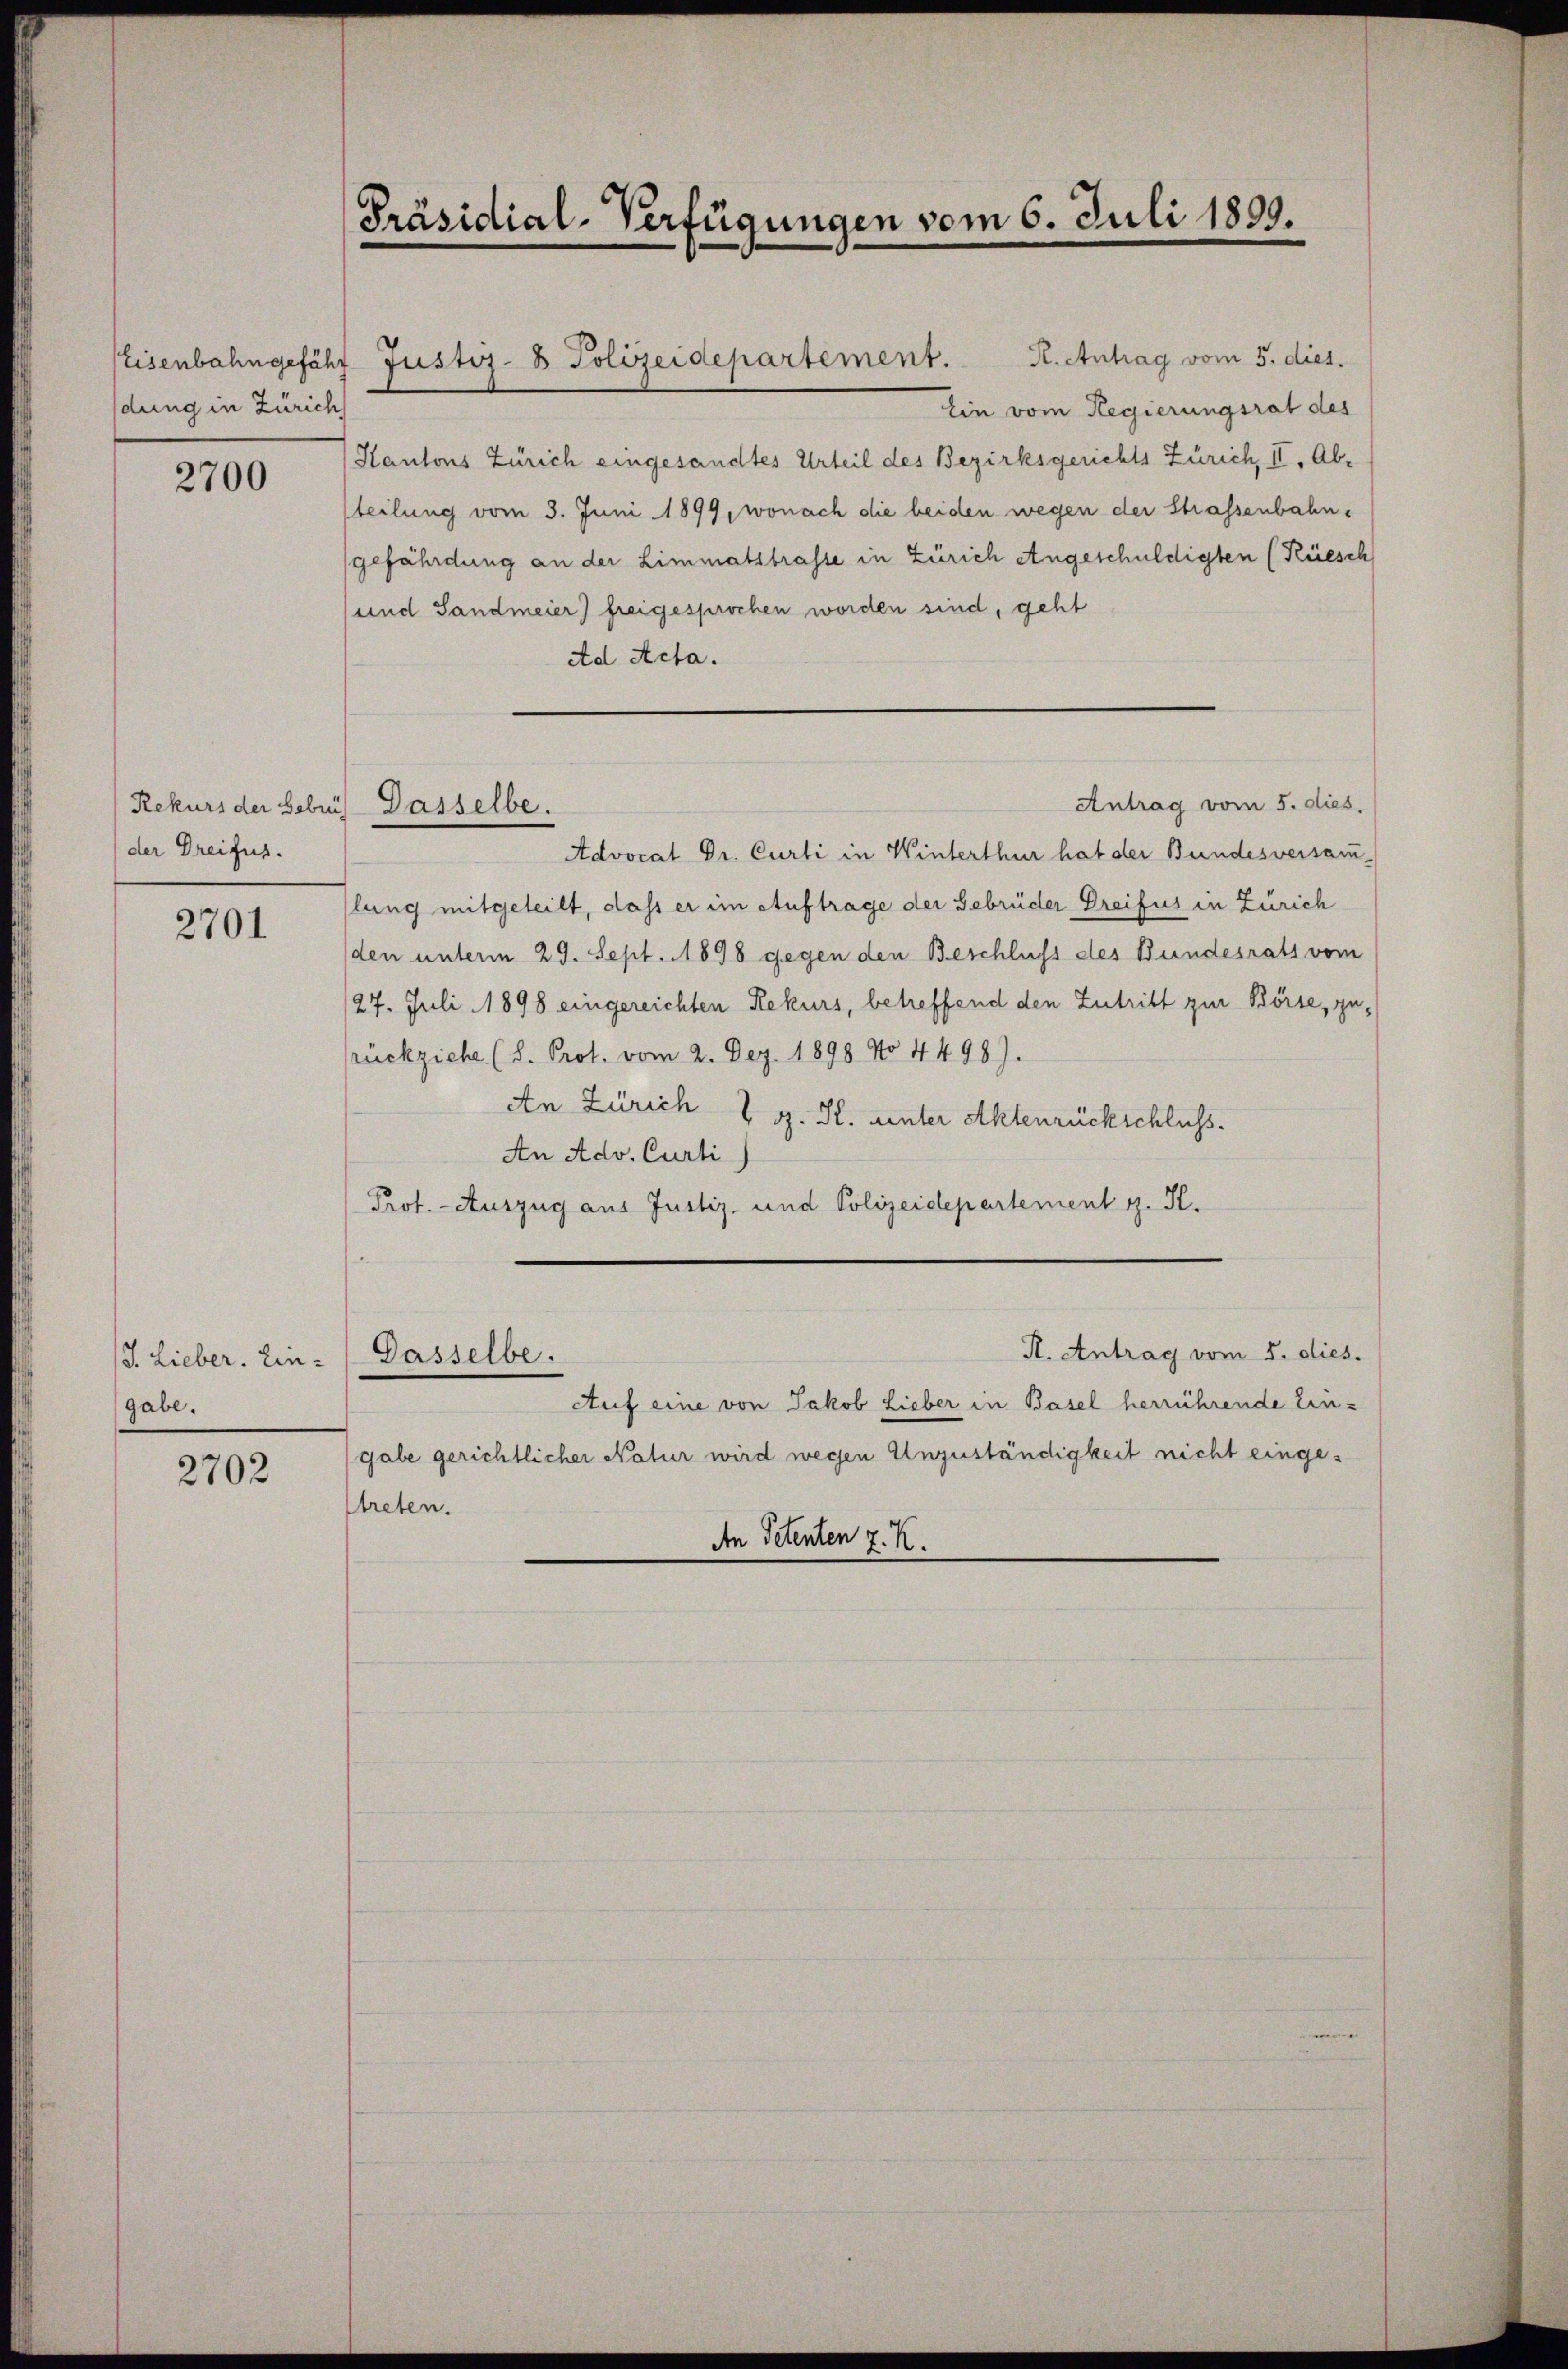
dung in Zürich

2700

der Dreifus.

2701

J. Lieber. Ein-
gabe.

2702

Präsidial-Verfügungen vom 6. Juli 1899.

R. Antrag vom 5. dies.
Eisenbahngefähr Justiz- & Polizeidepartement.
Ein vom Regierungsrat des
Kantons Zürich eingesandtes Urteil des Bezirksgerichts Zürich, II. Ab-
teilung vom 3. Juni 1899, wonach die beiden wegen der Strassenbahngefährdung an der Limmatstrasse in Zürich Angeschuldigten (Rüesch
und Sandmeier freigesprochen worden sind, geht
Ad Acta.
Rekurs der Leben. Dasselbe.
Advocat Dr. Curti in Winterthur hat der Bundesversamlung mitgeteilt, dass er im Auftrage der Gebrüder Dreifus in Zürich
den unterm 29. Sept. 1898 gegen den Beschluss des Bundesrats vom
27. Juli 1898 eingereichten Rekurs, betreffend den Zutritt zur Börse, zurückziehe (d. Prot. vom 2. Dez. 1898 No 4498).
An Zürich V g. S. unter Aktenrückschluss.
An Adv. Curti
Prot. - Auszug aus Justiz- und Polizeidepartement z. R.

Dasselbe.

Antrag vom 5. dies

K. Antrag vom 5. dies.

Auf eine von Jakob Lieber in Basel herrührende Ein-
gabe gerichtlicher Natur wird wegen Unzuständigkeit nicht eingetreten.
An Petenten 7. R.